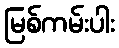
မြစ်ကမ်းပါး